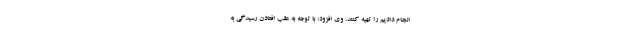
انجام دادیم را تهیه کنند. وی افزود: با توجه به عقب افتادن رسیدگی به